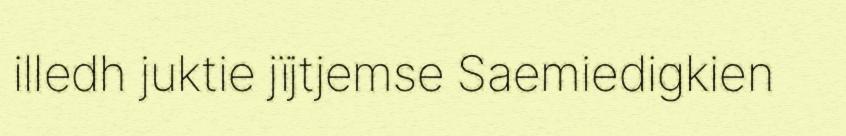
illedh juktie jïjtjemse Saemiedigkien